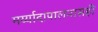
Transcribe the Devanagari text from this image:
मर्य्यादापालनासही